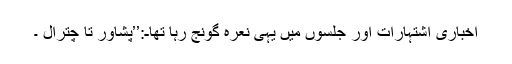
اخباری اشتہارات اور جلسوں میں یہی نعرہ گونج رہا تھاـ:’’پشاور تا چترال ۔